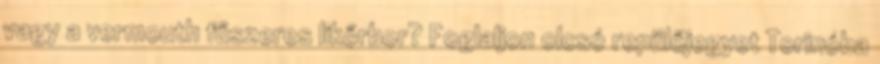
vagy a vermouth fűszeres likőrbor? Foglaljon olcsó repülőjegyet Torinóba